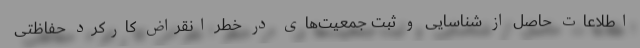
اطلاعات حاصل از شناسایی و ثبت جمعیت‌های در خطر انقراض کارکرد حفاظتی